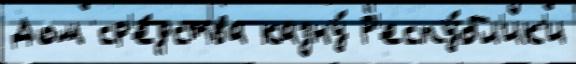
Дом ср'е́дства казну́ Р'еспу́бл'ик'и